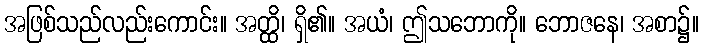
အဖြစ်သည်လည်းကောင်း။ အတ္ထိ၊ ရှိ၏။ အယံ၊ ဤသဘောကို။ ဘောဇနေ၊ အစာ၌။